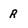
Character: r